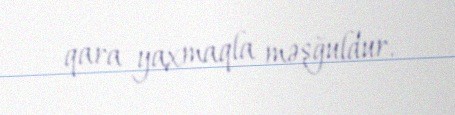
qara yaxmaqla məşğuldur.